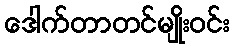
ဒေါက်တာတင်မျိုးဝင်း